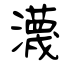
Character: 瀎